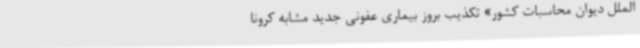
الملل دیوان محاسبات کشور» تکذیب بروز بیماری عفونی جدید مشابه کرونا